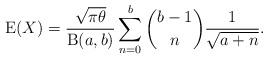
\begin{align*}\operatorname{E}(X)=\frac{\sqrt{\pi\theta}}{\operatorname{B}(a,b)}\sum_{n=0}^b \binom{b-1}{n} \frac{1}{\sqrt{a+n}}.\end{align*}